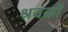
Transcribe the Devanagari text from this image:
श्रवकों